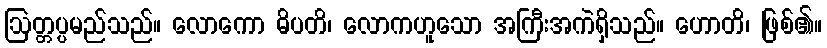
ဩတ္တပ္ပမည်သည်။ လောကော ဓိပတိ၊ လောကဟူသော အကြီးအကဲရှိသည်။ ဟောတိ၊ ဖြစ်၏။